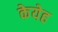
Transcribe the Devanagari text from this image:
केयेह